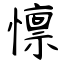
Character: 懔